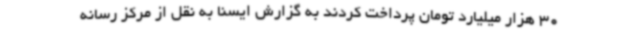
30 هزار میلیارد تومان پرداخت کردند به گزارش ایسنا به نقل از مرکز رسانه